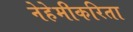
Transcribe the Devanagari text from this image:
नेहेमीकरिता